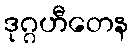
ဒုဂ္ဂဟီတေန